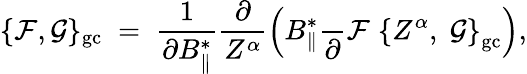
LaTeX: \{ {\cal F},{\cal G}\} _{\mathrm{gc}}\; =\; \frac{1}{\partial B_{\| }^{*}}\frac{\partial}{Z^{\alpha}}\left(B_{\| }^{*}\frac{}{\partial}{\cal F}\; \left\{ Z^{\alpha},\; {\cal G}\right\} _{\mathrm{gc}}\right),